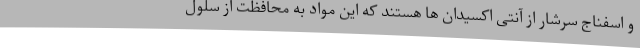
و اسفناج سرشار از آنتی اکسیدان ها هستند که این مواد به محافظت از سلول